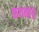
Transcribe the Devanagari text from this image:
कथनांचे